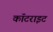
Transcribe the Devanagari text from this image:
कॉटराइट